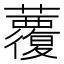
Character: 𧄏